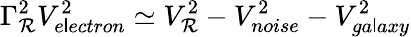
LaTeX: {\Gamma_{\mathcal{R}}^{2}}{V_{e\mathsf{l}ectron}^{2}}\simeq{V_{\mathcal{R}}^{2}}-{V_{noise}^{2}}-{V_{ga\mathsf{l}axy}^{2}}